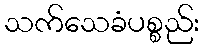
သက်သေခံပစ္စည်း